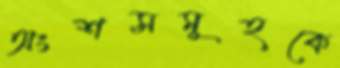
অংশসমূহকে